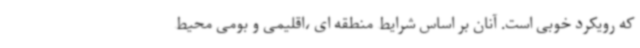
که رویکرد خوبی است. آنان بر اساس شرایط منطقه ای ،اقلیمی و بومی محیط